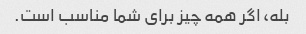
بله، اگر همه چیز برای شما مناسب است.